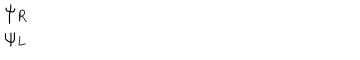
\begin{array} { c } { { \psi _ { R } } } \\ { { \psi _ { L } } } \\ \end{array}